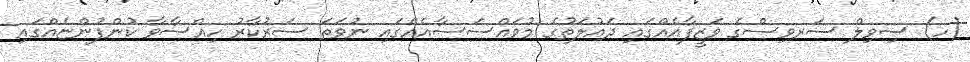
(ހ) ސިވިލް ސަރވިސްގެ ވަޒީފާއެއްގައި ދައުލަތުގެ މުވައްސަސާއެއްގައި ނުވަތަ ސަރުކާރު ހިއްސާވާ ކުންފުންޏެއްގައި